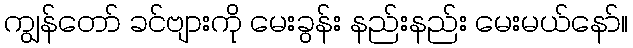
ကျွန်တော် ခင်ဗျားကို မေးခွန်း နည်းနည်း မေးမယ်နော်။